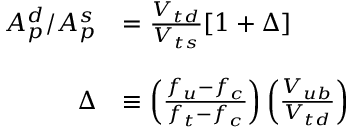
\begin{array} { r l } { { A _ { p } ^ { d } / A _ { p } ^ { s } } } & { { = \frac { V _ { t d } } { V _ { t s } } [ 1 + \Delta ] } } \\ { { \ } } & { { \ } } \\ { { \Delta } } & { { \equiv \left( \frac { f _ { u } - f _ { c } } { f _ { t } - f _ { c } } \right) \left( \frac { V _ { u b } } { V _ { t d } } \right) } } \end{array}